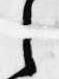
之